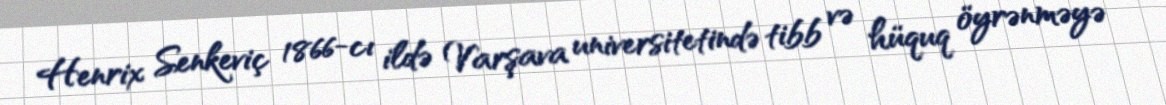
Henrix Senkeviç 1866-cı ildə Varşava universitetində tibb və hüquq öyrənməyə